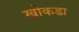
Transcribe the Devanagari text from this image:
खोकडा